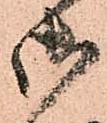
御